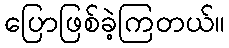
ပြောဖြစ်ခဲ့ကြတယ်။